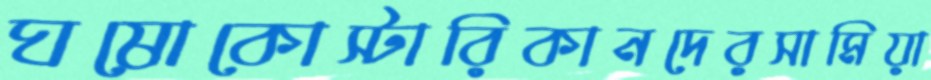
ঘষোকোস্টারিকানদেরসামিয়া